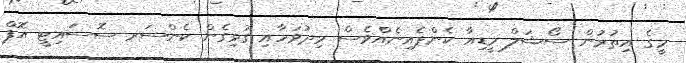
މީގެ އިތުރުން ސޯޝަލް މީޑިއާ ކެންޕެއިނެއްވެސް މިދުވަހާއި ގުޅިގެން ކެންސަރ ސޮސައިޓީ އޮފް